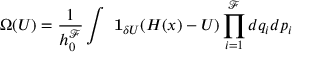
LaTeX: \Omega ( U ) = { \frac { 1 } { h _ { 0 } ^ { \mathcal { F } } } } \int \ \mathbf { 1 } _ { \delta U } ( H ( x ) - U ) \prod _ { i = 1 } ^ { \mathcal { F } } d q _ { i } d p _ { i }